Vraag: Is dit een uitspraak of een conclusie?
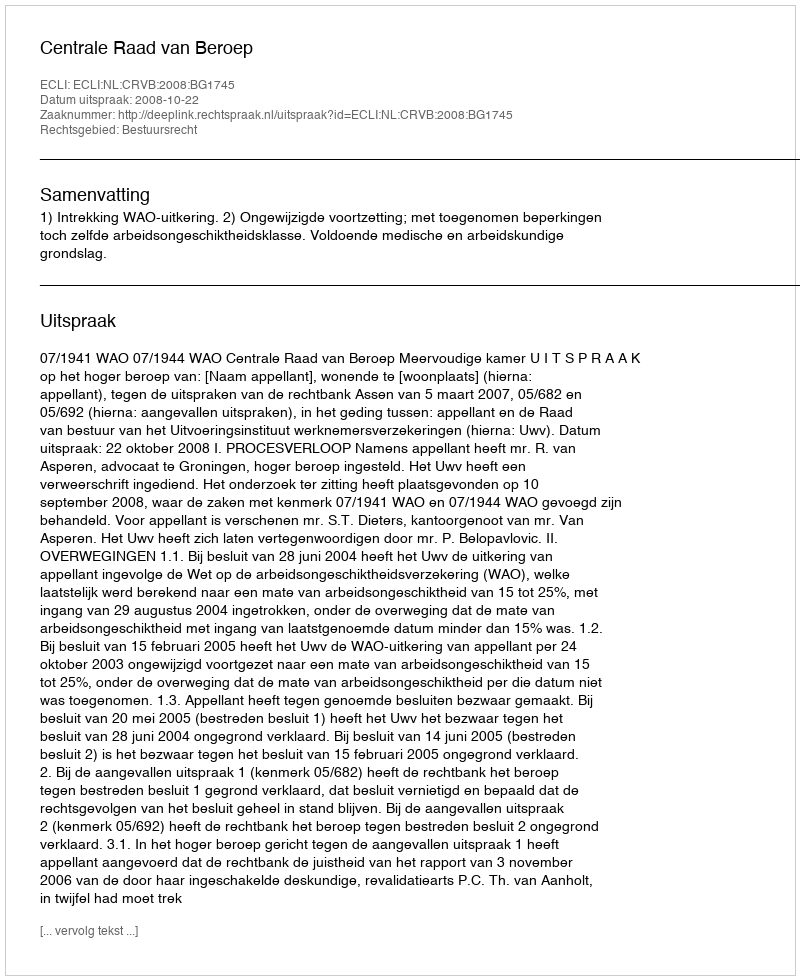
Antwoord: Uitspraak